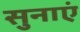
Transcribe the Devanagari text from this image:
सुनाएं